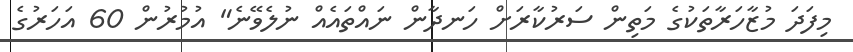
މިފަދަ މުޒާހަރާތަކުގެ މަތިން ސަރުކާރަށް ހަނދާން ނައްތައެއް ނުލެވޭނެ" އުމުރުން 60 އަހަރުގެ